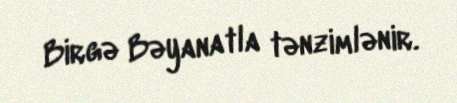
Birgə Bəyanatla tənzimlənir.